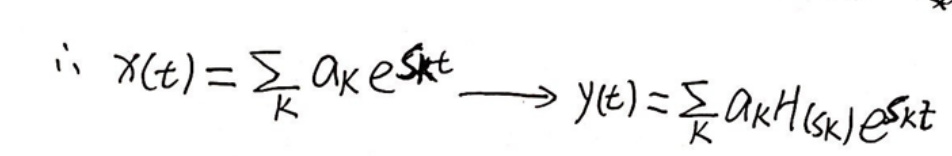
\[
\therefore x(t)=\sum_{k} a_{k} e^{s_{k} t} \longrightarrow y(t)=\sum_{k} a_{k} H(s_{k}) e^{s_{k} t}
\]